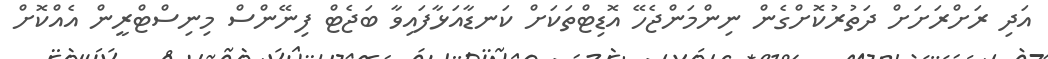
އަދި ރަށްރަށަށް ދަތުރުކޮށްގެން ނިންމަންޖެހޭ އޮޑިޓްތަކަށް ކަނޑާއަޅާފައިވާ ބަޖެޓް ފިނޭންސް މިނިސްޓްރީން އެއްކޮށް